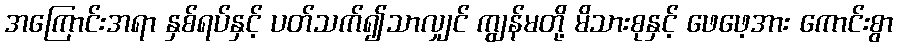
အကြောင်းအရာ နှစ်ရပ်နှင့် ပတ်သက်၍သာလျှင် ကျွန်မတို့ မိသားစုနှင့် ဖေဖေ့အား ကောင်းစွာ